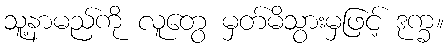
သူ့နာမည်ကို လူတွေ မှတ်မိသွားမှဖြင့် ဒုက္ခ။